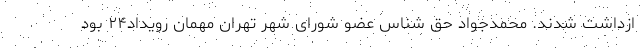
ازداشت شدند. محمدجواد حق شناس عضو شورای شهر تهران مهمان رویداد۲۴ بود